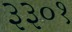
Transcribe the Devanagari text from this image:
३३०१